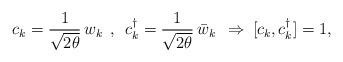
LaTeX: \begin{align*}c_k=\frac{1}{\sqrt{2\theta}}\,w_k\:\:,\:\:c_k^{\dag}=\frac{1}{\sqrt{2\theta}}\,\bar{w}_k\:\:\Rightarrow\:[c_k,c_k^{\dag}]=1,\end{align*}